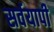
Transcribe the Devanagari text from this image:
सर्वयापी